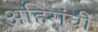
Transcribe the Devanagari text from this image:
अहिरांची